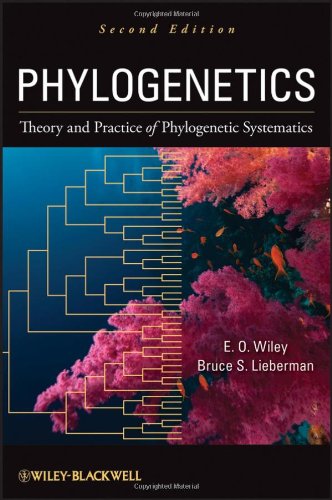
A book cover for Phylogenetics: Theory and Practice of Phylogenetic Systematics; E. O. Wiley; Science & Math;